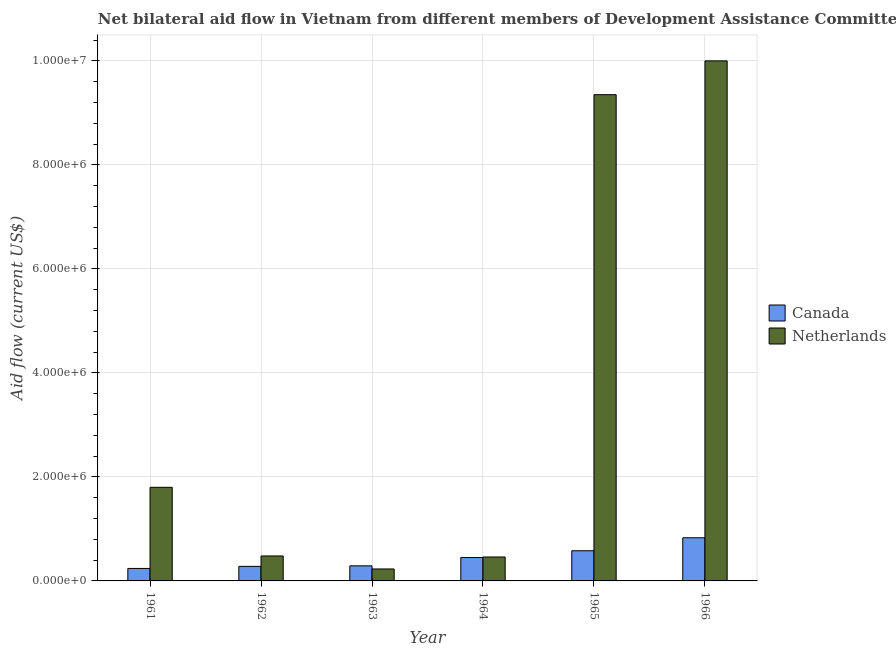
| Year | Canada | Netherlands |
 | --- | --- | --- |
 | 1961 | 2.4e+05 | 1.8e+06 |
 | 1962 | 2.8e+05 | 4.8e+05 |
 | 1963 | 2.9e+05 | 2.3e+05 |
 | 1964 | 4.5e+05 | 4.6e+05 |
 | 1965 | 5.8e+05 | 9.35e+06 |
 | 1966 | 8.3e+05 | 1e+07 |